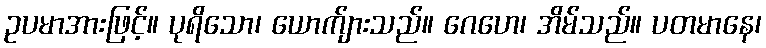
ဥပမာအားဖြင့်။ ပုရိသော၊ ယောက်ျားသည်။ ဂေဟေ၊ အိမ်သည်။ ပတမာနေ၊